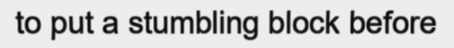
to put a stumbling block before